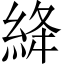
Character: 絳